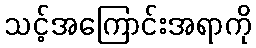
သင့်အကြောင်းအရာကို